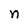
Character: n